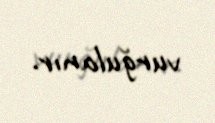
vurğulanır.